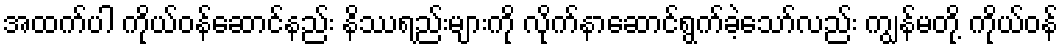
အထက်ပါ ကိုယ်ဝန်ဆောင်နည်း နိဿရည်းများကို လိုက်နာဆောင်ရွက်ခဲ့သော်လည်း ကျွန်မတို့ ကိုယ်ဝန်